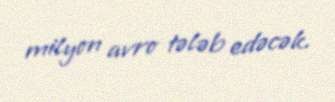
milyon avro tələb edəcək.